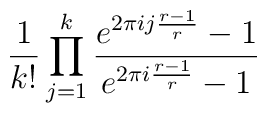
\frac{1}{k!}\prod_{j=1}^k\frac{e^{2\pi i j \frac{r-1}{r}}-1}{e^{2\pi i  \frac{r-1}{r}}-1}